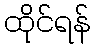
ထိုင်ရန်